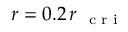
r = 0 . 2 \, r _ { \mathrm { ~ \scriptsize ~ c ~ r ~ i ~ } }